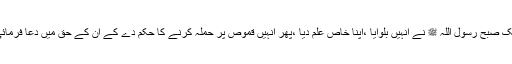
ایک صبح رسول اللہ ﷺ نے انہیں بلوایا ،اپنا خاص علم دیا ،پھر انہیں قموص پر حملہ کرنے کا حکم دے کے ان کے حق میں دعا فرمائی۔